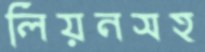
লিয়নসহ